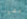
مشينا